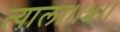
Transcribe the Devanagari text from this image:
त्याला।।५।।